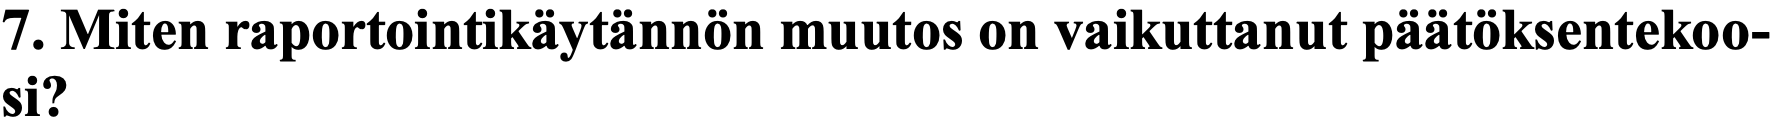
7. Miten raportointikäytännön muutos on vaikuttanut päätöksentekoo- si?